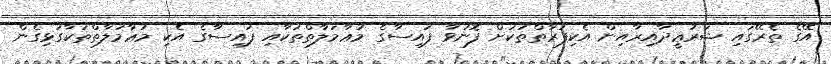
އޭގެ ތެރޭގައި ޝަރުޢީދާއިރާއިން އެކިފަރާތްތަކަށް ފޮނުވާ ފައިސާގެ މުޢާމަލާތްތަކާއި ފައިސާގެ އެކި މުޢާމަލާތްތަކާގުޅިގެން